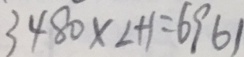
3 4 8 0 \times 2 + 1 = 6 9 6 1